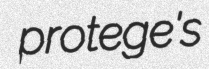
protege's